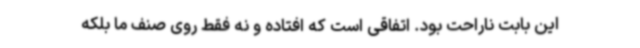
این بابت ناراحت بود. اتفاقی است که افتاده و نه فقط روی صنف ما بلکه